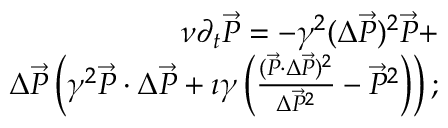
\begin{array} { r l r } & { } & { \nu \partial _ { t } \vec { P } = - \gamma ^ { 2 } ( \Delta \vec { P } ) ^ { 2 } \vec { P } + } \\ & { } & { \Delta \vec { P } \left( \gamma ^ { 2 } \vec { P } \cdot \Delta \vec { P } + \imath \gamma \left( \frac { ( \vec { P } \cdot \Delta \vec { P } ) ^ { 2 } } { \Delta \vec { P } ^ { 2 } } - \vec { P } ^ { 2 } \right) \right) ; } \end{array}